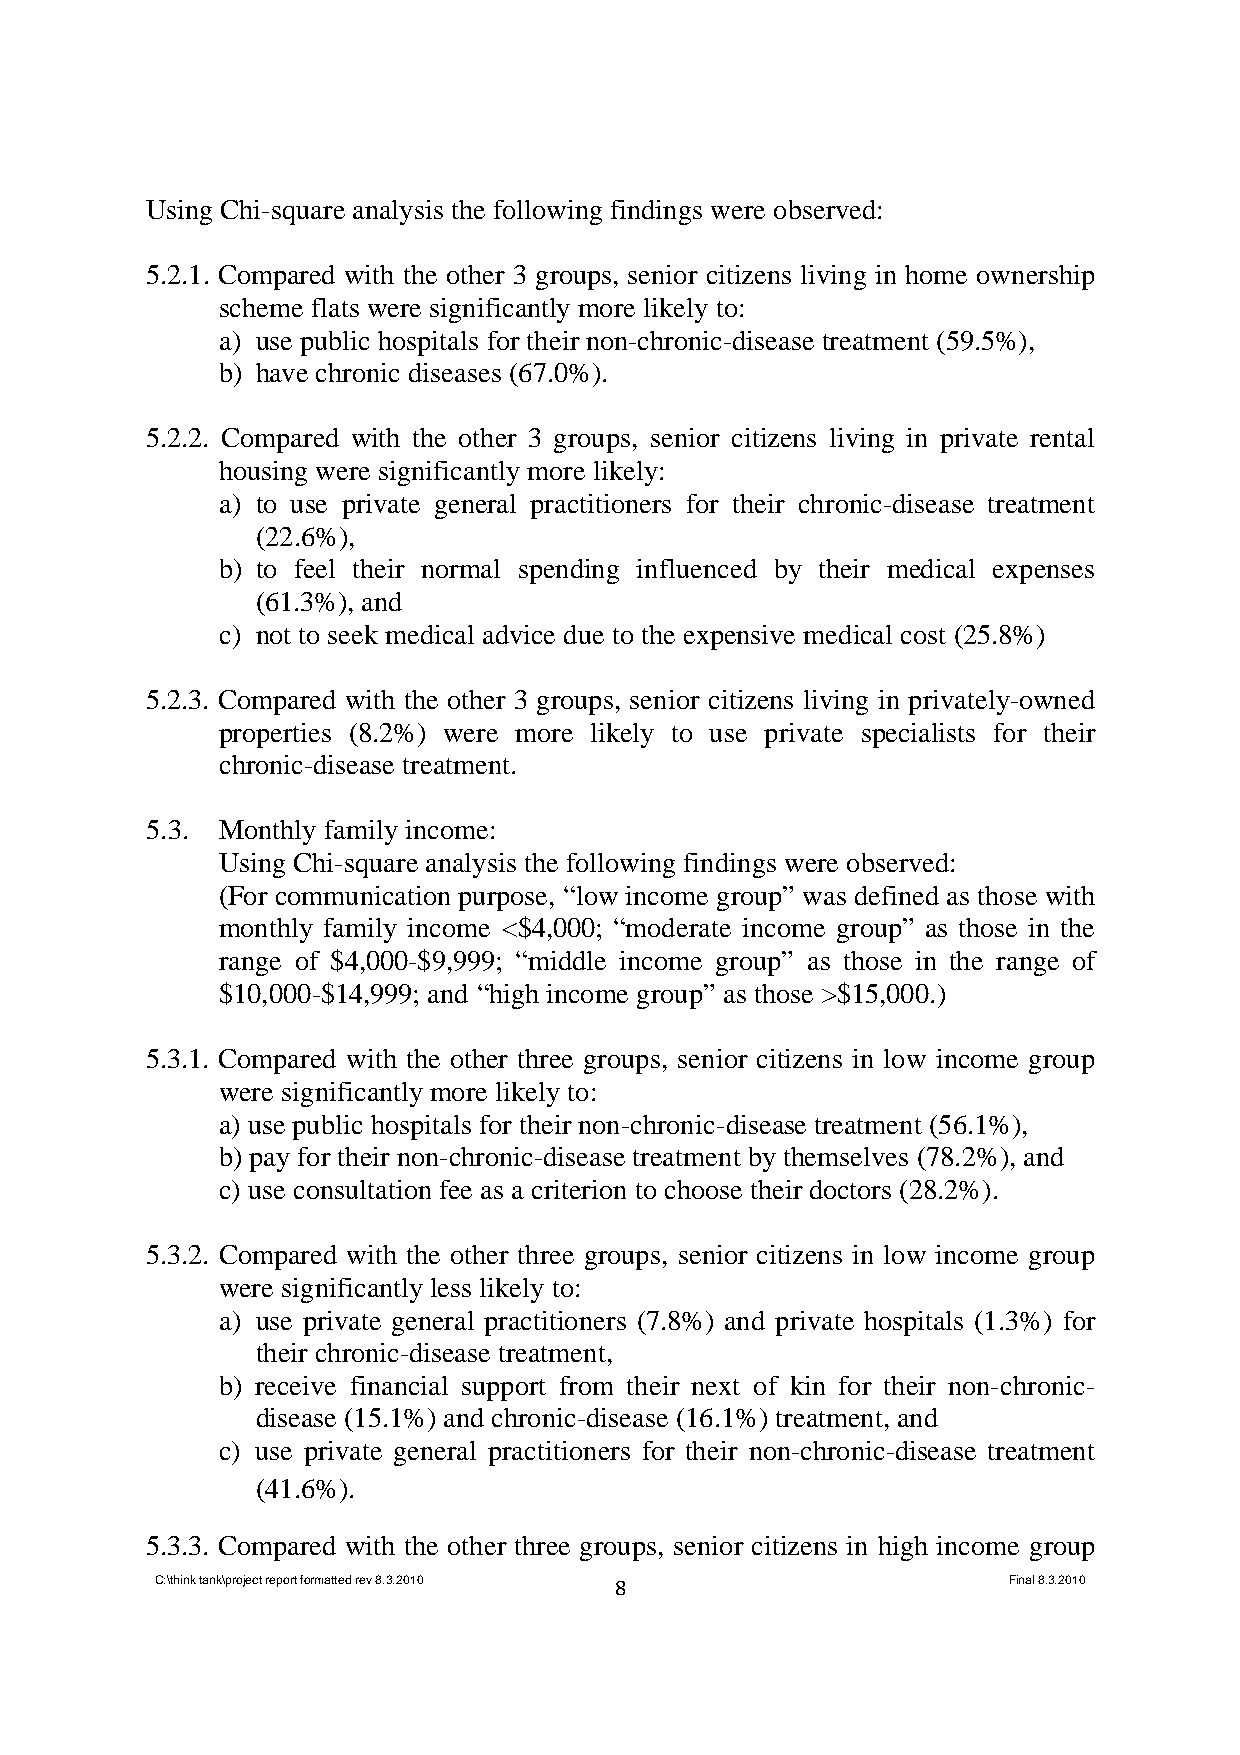
Using Chi-square analysis the following findings were observed:
 5.2.1. Compared with the other 3 groups, senior citizens living in home ownership
 scheme flats were significantly more likely to:
 a) use public hospitals for their non-chronic-disease treatment (59.5%),
 b) have chronic diseases (67.0%).
 5.2.2. Compared with the other 3 groups, senior citizens living in private rental
 housing were significantly more likely:
 a) to use private general practitioners for their chronic-disease treatment
 (22.6%),
 b) to feel their normal spending influenced by their medical expenses
 (61.3%), and
 c) not to seek medical advice due to the expensive medical cost (25.8%)
 5.2.3. Compared with the other 3 groups, senior citizens living in privately-owned
 properties (8.2%) were more likely to use private specialists for their
 chronic-disease treatment.
 5.3. Monthly family income:
 Using Chi-square analysis the following findings were observed:
 (For communication purpose, “low income group” was defined as those with
 monthly family income <$4,000; “moderate income group” as those in the
 range of $4,000-$9,999; “middle income group” as those in the range of
 $10,000-$14,999; and “high income group” as those >$15,000.)
 5.3.1. Compared with the other three groups, senior citizens in low income group
 were significantly more likely to:
 a) use public hospitals for their non-chronic-disease treatment (56.1%),
 b) pay for their non-chronic-disease treatment by themselves (78.2%), and
 c) use consultation fee as a criterion to choose their doctors (28.2%).
 5.3.2. Compared with the other three groups, senior citizens in low income group
 were significantly less likely to:
 a) use private general practitioners (7.8%) and private hospitals (1.3%) for
 their chronic-disease treatment,
 b) receive financial support from their next of kin for their non-chronic-
 disease (15.1%) and chronic-disease (16.1%) treatment, and
 c) use private general practitioners for their non-chronic-disease treatment
 (41.6%).
 5.3.3. Compared with the other three groups, senior citizens in high income group
 C:\think tank\project report formatted rev 8.3.2010 8    Final 8.3.2010